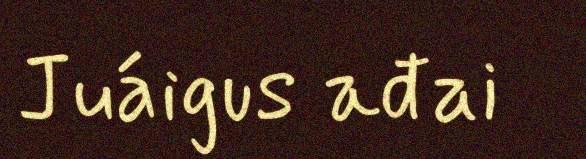
Juáigus ađai